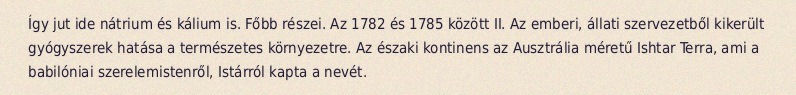
Így jut ide nátrium és kálium is. Főbb részei. Az 1782 és 1785 között II. Az emberi, állati szervezetből kikerült gyógyszerek hatása a természetes környezetre. Az északi kontinens az Ausztrália méretű Ishtar Terra, ami a babilóniai szerelemistenről, Istárról kapta a nevét.